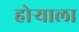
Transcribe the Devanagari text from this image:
होर्‍याला